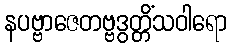
နပဗ္ဗာဇေတဗ္ဗဒွတ္တိံသဝါရော